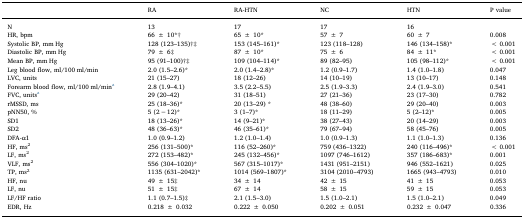
<table><thead><tr><td></td><td><b>RA</b></td><td><b>RA-HTN</b></td><td><b>NC</b></td><td><b>HTN</b></td><td><b>P value</b></td></tr></thead><tbody><tr><td>N</td><td>13</td><td>17</td><td>17</td><td>16</td><td></td></tr><tr><td>HR, bpm</td><td>66 ± 10*†</td><td>65 ± 10*</td><td>57 ± 7</td><td>60 ± 7</td><td>0.008</td></tr><tr><td>Systolic BP, mm Hg</td><td>128 (123–135)†‡</td><td>153 (145–161)*</td><td>123 (118–128)</td><td>146 (134–158)*</td><td>&lt; 0.001</td></tr><tr><td>Diastolic BP, mm Hg</td><td>79 ± 6‡</td><td>87 ± 10*</td><td>75 ± 6</td><td>84 ± 11*</td><td>&lt; 0.001</td></tr><tr><td>Mean BP, mm Hg</td><td>95 (91–100)†‡</td><td>109 (104–114)*</td><td>89 (82–95)</td><td>105 (98–112)*</td><td>&lt; 0.001</td></tr><tr><td>Leg blood flow, ml/100 ml/min</td><td>2.0 (1.5–2.6)*</td><td>2.0 (1.4–2.8)*</td><td>1.2 (0.9–1.7)</td><td>1.4 (1.0–1.8)</td><td>0.047</td></tr><tr><td>LVC, units</td><td>21 (15–27)</td><td>18 (12–26)</td><td>14 (10–19)</td><td>13 (10–17)</td><td>0.148</td></tr><tr><td>Forearm blood flow, ml/100 ml/mina</td><td>2.8 (1.9–4.1)</td><td>3.5 (2.2–5.5)</td><td>2.5 (1.9–3.3)</td><td>2.4 (1.9–3.0)</td><td>0.541</td></tr><tr><td>FVC, unitsa</td><td>29 (20–42)</td><td>31 (18–51)</td><td>27 (21–36)</td><td>23 (17–30)</td><td>0.782</td></tr><tr><td>rMSSD, ms</td><td>25 (18–36)*</td><td>20 (13–29) *</td><td>48 (38–60)</td><td>29 (20–40)</td><td>0.003</td></tr><tr><td>pNN50, %</td><td>5 (2 − 12)*</td><td>3 (1–7)*</td><td>18 (11–29)</td><td>5 (2–12)*</td><td>0.005</td></tr><tr><td>SD1</td><td>18 (13–26)*</td><td>14 (9–21)*</td><td>38 (27–43)</td><td>20 (14–29)</td><td>0.003</td></tr><tr><td>SD2</td><td>48 (36–63)*</td><td>46 (35–61)*</td><td>79 (67–94)</td><td>58 (45–76)</td><td>0.005</td></tr><tr><td>DFA-α1</td><td>1.0 (0.9–1.2)</td><td>1.2 (1.0–1.4)</td><td>1.0 (0.9–1.3)</td><td>1.1 (1.0–1.3)</td><td>0.136</td></tr><tr><td>HF, ms<sup>2</sup></td><td>256 (131–500)*</td><td>116 (52–260)*</td><td>759 (436–1322)</td><td>240 (116–496)*</td><td>&lt; 0.001</td></tr><tr><td>LF, ms<sup>2</sup></td><td>272 (153–482)*</td><td>245 (132–456)*</td><td>1097 (746–1612)</td><td>357 (186–683)*</td><td>0.001</td></tr><tr><td>VLF, ms<sup>2</sup></td><td>556 (304–1020)*</td><td>567 (315–1017)*</td><td>1431 (951–2151)</td><td>946 (552–1621)</td><td>0.025</td></tr><tr><td>TP, ms<sup>2</sup></td><td>1135 (631–2042)*</td><td>1014 (569–1807)*</td><td>3104 (2010–4793)</td><td>1665 (943–4793)</td><td>0.010</td></tr><tr><td>HF, nu</td><td>49 ± 15‡</td><td>34 ± 14</td><td>42 ± 15</td><td>41 ± 15</td><td>0.053</td></tr><tr><td>LF, nu</td><td>51 ± 15‡</td><td>67 ± 14</td><td>58 ± 15</td><td>59 ± 15</td><td>0.053</td></tr><tr><td>LF/HF ratio</td><td>1.1 (0.7–1.5)‡</td><td>2.1 (1.5–3.0)</td><td>1.5 (1.0–2.1)</td><td>1.5 (1.0–2.1)</td><td>0.049</td></tr><tr><td>EDR, Hz</td><td>0.218 ± 0.032</td><td>0.222 ± 0.050</td><td>0.202 ± 0.051</td><td>0.232 ± 0.047</td><td>0.336</td></tr></tbody></table>